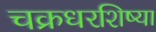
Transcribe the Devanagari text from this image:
चक्रधरशिष्या